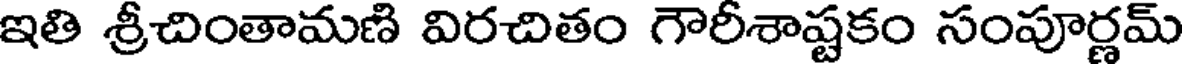
ఇతి శ్రీచింతామణి విరచితం గౌరీశాష్టకం సంపూర్ణమ్